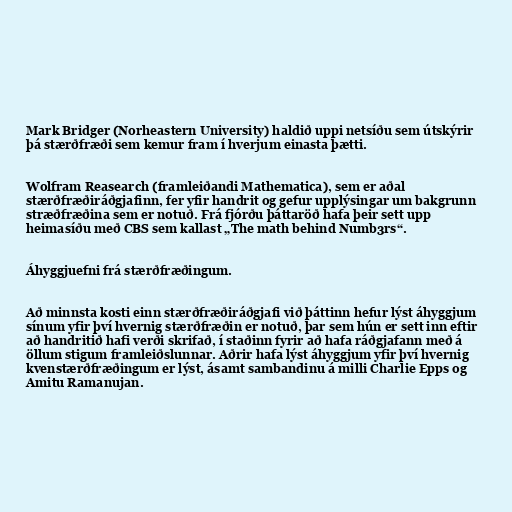
Mark Bridger (Norheastern University) haldið uppi netsíðu sem útskýrir
þá stærðfræði sem kemur fram í hverjum einasta þætti.

Wolfram Reasearch (framleiðandi Mathematica), sem er aðal
stærðfræðiráðgjafinn, fer yfir handrit og gefur upplýsingar um bakgrunn
stræðfræðina sem er notuð. Frá fjórðu þáttaröð hafa þeir sett upp
heimasíðu með CBS sem kallast „The math behind Numb3rs“.

Áhyggjuefni frá stærðfræðingum.

Að minnsta kosti einn stærðfræðiráðgjafi við þáttinn hefur lýst áhyggjum
sínum yfir því hvernig stærðfræðin er notuð, þar sem hún er sett inn eftir
að handritið hafi verði skrifað, í staðinn fyrir að hafa ráðgjafann með á
öllum stigum framleiðslunnar. Aðrir hafa lýst áhyggjum yfir því hvernig
kvenstærðfræðingum er lýst, ásamt sambandinu á milli Charlie Epps og
Amitu Ramanujan.